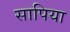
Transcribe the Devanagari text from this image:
सापिया